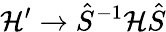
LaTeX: \mathcal{H^{\prime}}\to\hat{S}^{-1}\mathcal{H}\hat{S}